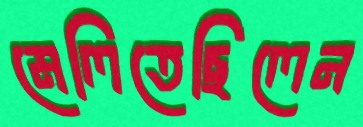
মেলিতেছিলেন